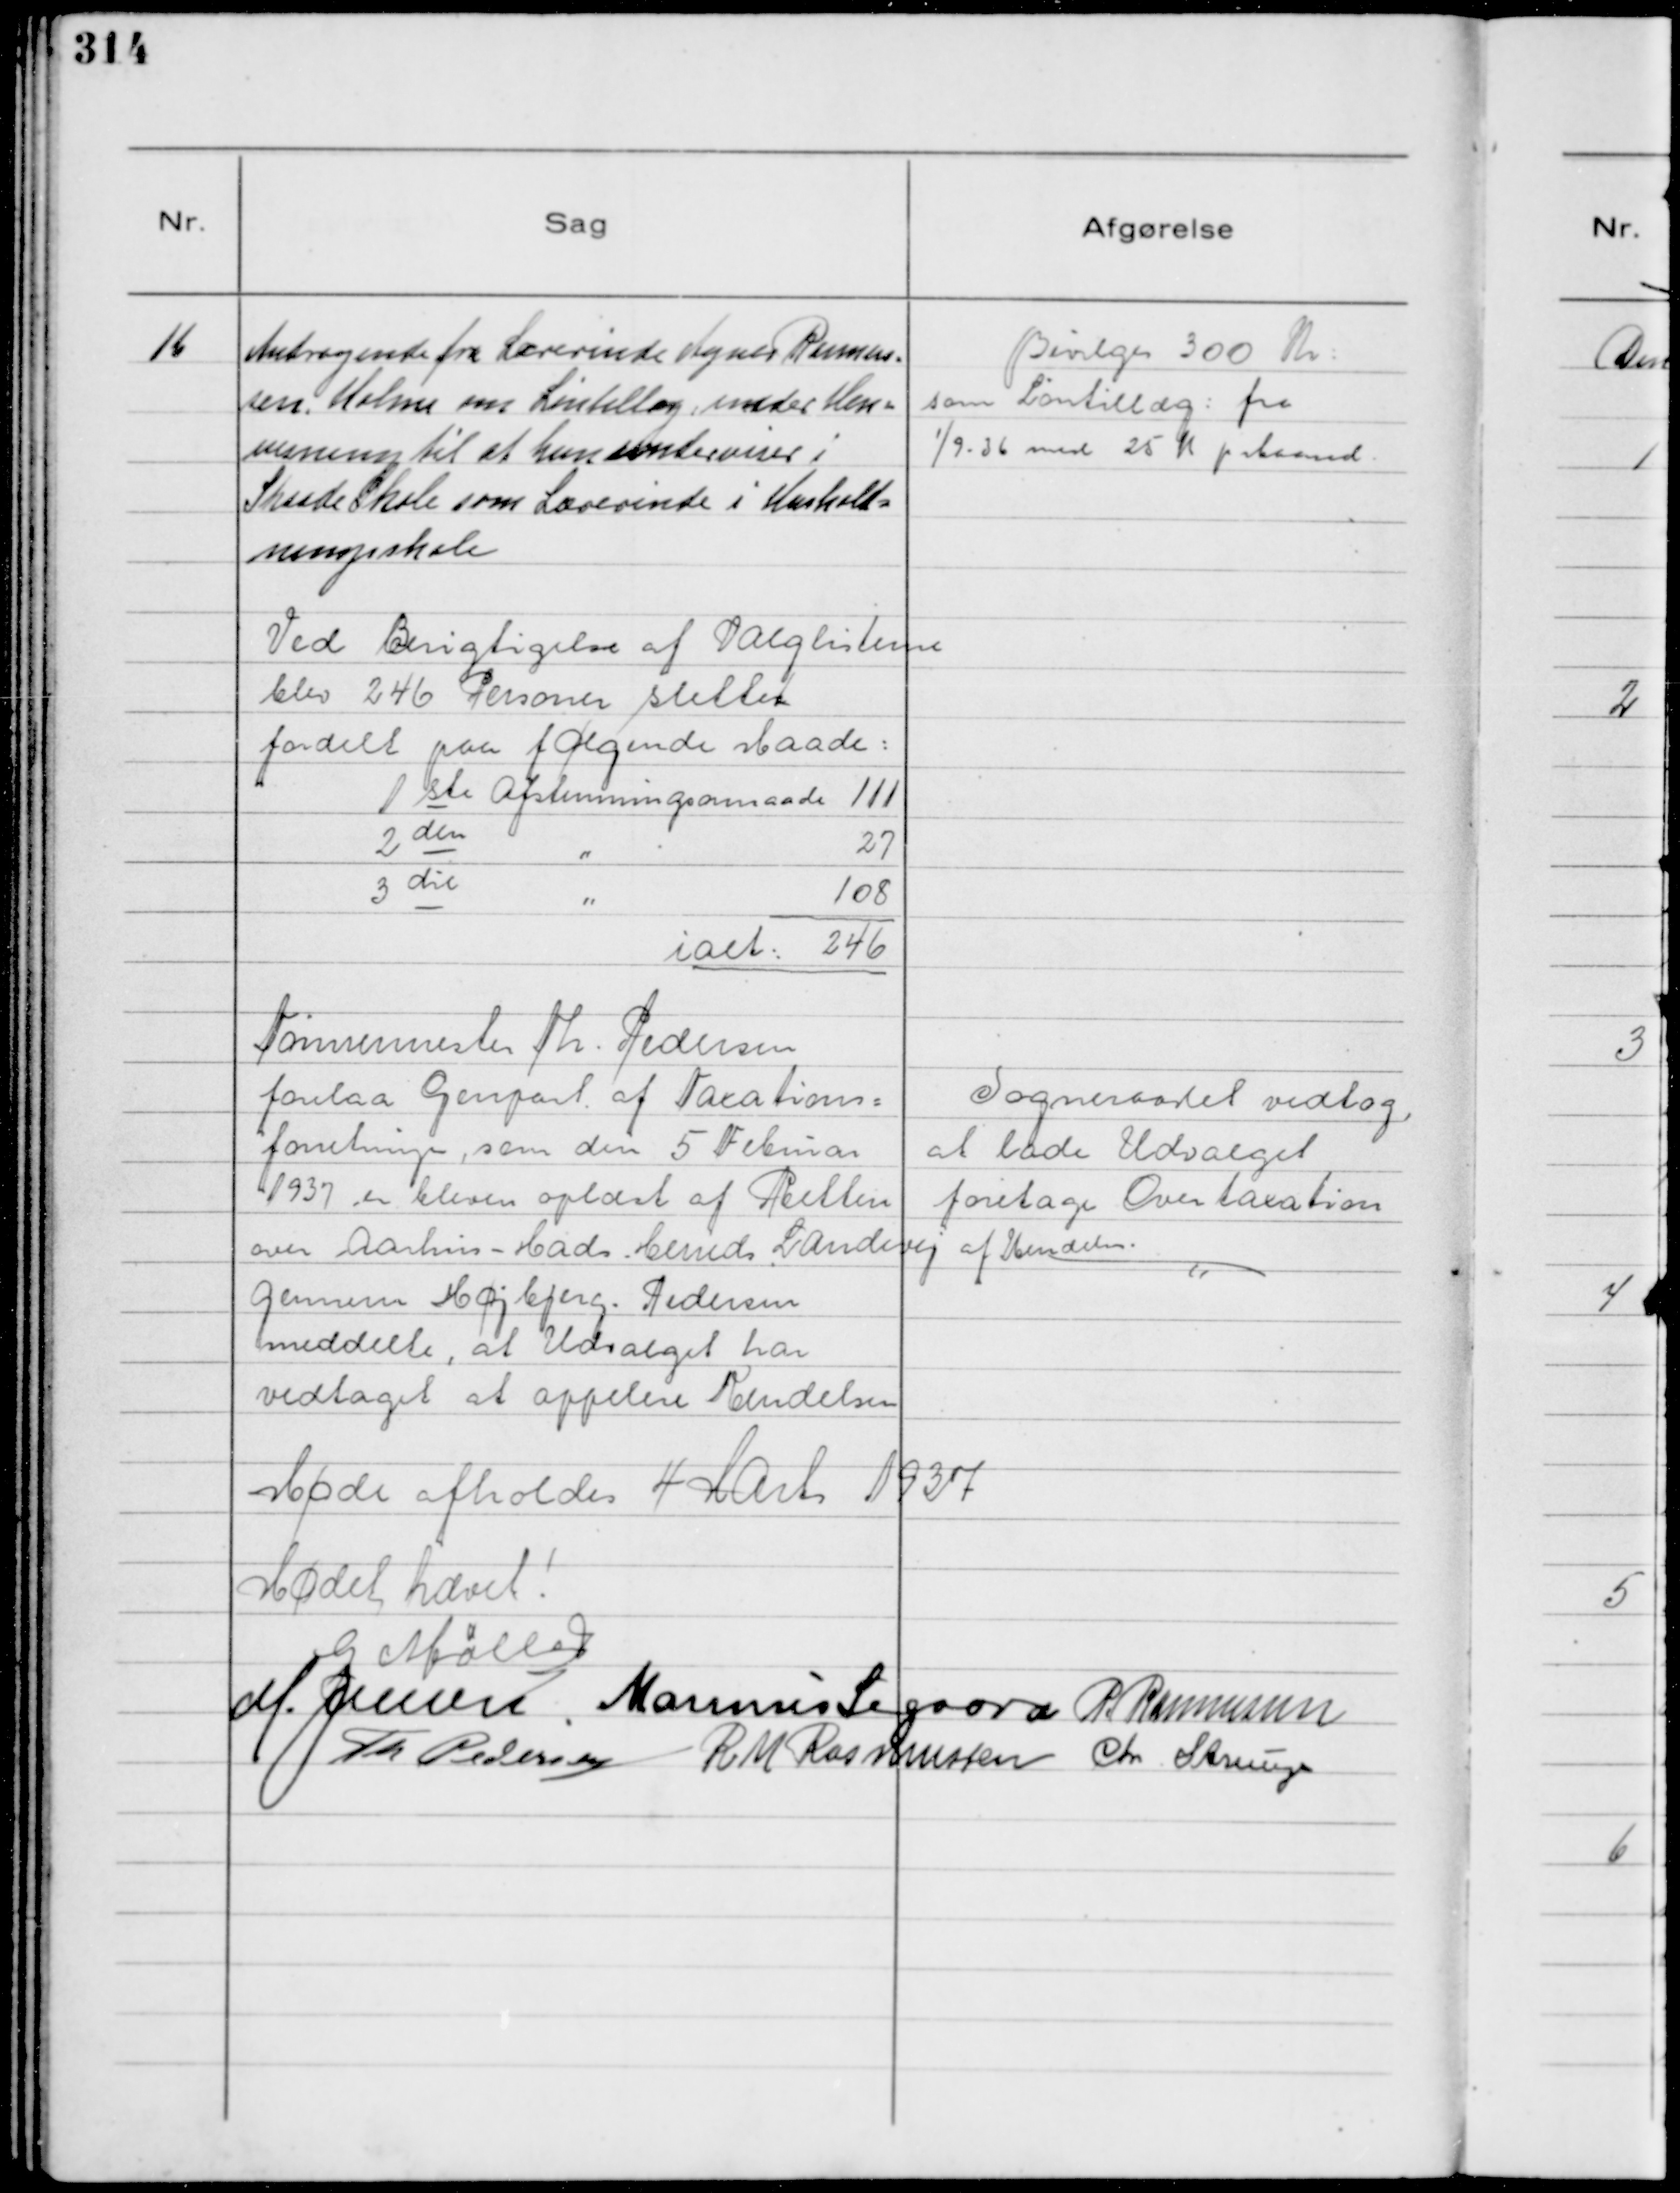
Transskription:
16
Andragende fra Lærerinde Agnes Rasmus-
sen. Holme om Løntilllæg under Hen=
visning til at hun underviser i
Skaade Skole som Lærerinde i Hushold=
ningsskole

Bevilges 300 Kr:
som Løntillæg: fra

1/9 - 36 med 25 K p Maaned.

Ved Berigtigelse af Valglisterne
blev 246 Personer slettet
fordelt paa følgende Maade:
1 ste Afstemningsomraade 111
2 den 
"
27
3 die
"
108
ialt: 246

Tømrermester Th. Pedersen
forelaa Genpart af Taxations=
forretninger, som den 5 Februar
1937 er bleven oplæst af Retten
over Aarhus - Hads Herreds Landevej
gennem Højbjerg. Pedersen
meddelte, at Udvalget har
vedtaget at appelere Kendelsen

Sogneraadet vedtog,
at lade Udvalget
foretage Overtaxation
af Kendelsen.
- "

Møde afholdes 4 Marts 1937

Mødet hævet!
G Møller
M. Jensen
Marinus Sigaard
P. Rasmussen
Th Pedersen
R M Rasmussen
Chr. Strunge